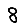
Digit: 8